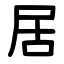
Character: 居